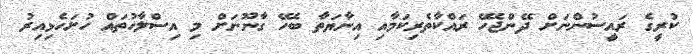
ކުރީގެ ރައީސުންނަށް ދޭންޖެހޭ ރައްކާތެރިކަމާއި އިނާޔަތާ ބެހޭ ގާނޫނަށް މި އިސްލާހުތައް ހުށަހެޅިއިރު